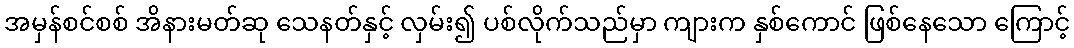
အမှန်စင်စစ် အိနားမတ်ဆု သေနတ်နှင့် လှမ်း၍ ပစ်လိုက်သည်မှာ ကျားက နှစ်ကောင် ဖြစ်နေသော ကြောင့်